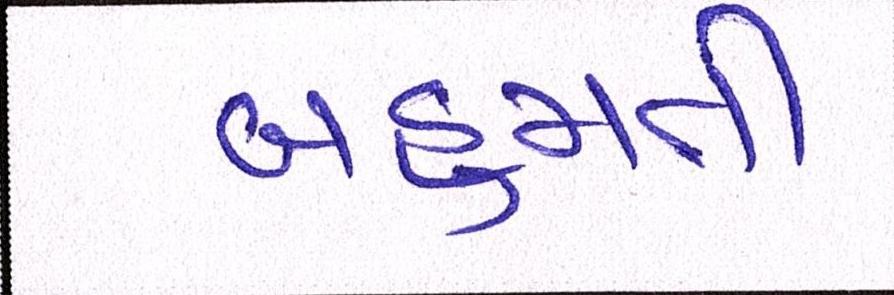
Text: બહુમતી